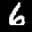
Label: 6